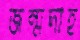
জন্মদাহ